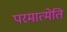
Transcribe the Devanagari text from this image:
परमात्मेति